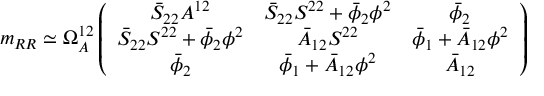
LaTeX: m _ { R R } \simeq \Omega _ { A } ^ { 1 2 } \left( \begin{array} { c c c } { { \bar { S } _ { 2 2 } A ^ { 1 2 } } } & { { \bar { S } _ { 2 2 } S ^ { 2 2 } + \bar { \phi } _ { 2 } \phi ^ { 2 } } } & { { \bar { \phi } _ { 2 } } } \\ { { \bar { S } _ { 2 2 } S ^ { 2 2 } + \bar { \phi } _ { 2 } \phi ^ { 2 } } } & { { \bar { A } _ { 1 2 } S ^ { 2 2 } } } & { { \bar { \phi } _ { 1 } + \bar { A } _ { 1 2 } \phi ^ { 2 } } } \\ { { \bar { \phi } _ { 2 } } } & { { \bar { \phi } _ { 1 } + \bar { A } _ { 1 2 } \phi ^ { 2 } } } & { { \bar { A } _ { 1 2 } } } \end{array} \right)